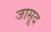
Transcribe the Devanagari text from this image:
जासूद